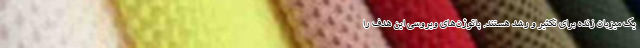
یک میزبان زنده برای تکثیر و رشد هستند. پاتوژن‌های ویروسی این هدف را